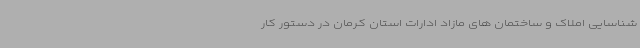
شناسایی املاک و ساختمان های مازاد ادارات استان کرمان در دستور کار